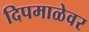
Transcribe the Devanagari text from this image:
दिपमाळेवर